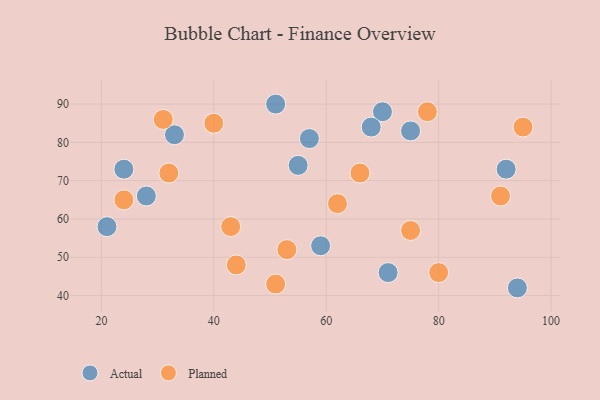
{"axis": {"x": "GDP", "y": "Life Expectancy"}, "legend": ["Actual", "Planned"], "data": [{"x": "55", "y": 74, "type": "Actual"}, {"x": "70", "y": 88, "type": "Actual"}, {"x": "51", "y": 90, "type": "Actual"}, {"x": "94", "y": 42, "type": "Actual"}, {"x": "71", "y": 46, "type": "Actual"}, {"x": "92", "y": 73, "type": "Actual"}, {"x": "68", "y": 84, "type": "Actual"}, {"x": "24", "y": 73, "type": "Actual"}, {"x": "28", "y": 66, "type": "Actual"}, {"x": "57", "y": 81, "type": "Actual"}, {"x": "33", "y": 82, "type": "Actual"}, {"x": "59", "y": 53, "type": "Actual"}, {"x": "75", "y": 83, "type": "Actual"}, {"x": "21", "y": 58, "type": "Actual"}, {"x": "24", "y": 65, "type": "Planned"}, {"x": "32", "y": 72, "type": "Planned"}, {"x": "91", "y": 66, "type": "Planned"}, {"x": "62", "y": 64, "type": "Planned"}, {"x": "31", "y": 86, "type": "Planned"}, {"x": "95", "y": 84, "type": "Planned"}, {"x": "78", "y": 88, "type": "Planned"}, {"x": "66", "y": 72, "type": "Planned"}, {"x": "44", "y": 48, "type": "Planned"}, {"x": "51", "y": 43, "type": "Planned"}, {"x": "80", "y": 46, "type": "Planned"}, {"x": "43", "y": 58, "type": "Planned"}, {"x": "75", "y": 57, "type": "Planned"}, {"x": "53", "y": 52, "type": "Planned"}, {"x": "40", "y": 85, "type": "Planned"}]}